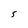
Character: S